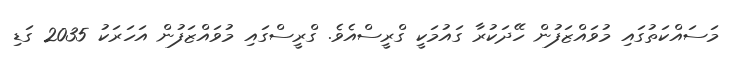
މަސައްކަތުގައި މުވައްޒަފުން ހޭދަކުރާ ގައުމަކީ ގްރީސްއެވެ. ގްރީސްގައި މުވައްޒަފުން އަހަރަކު 2035 ގަޑި